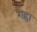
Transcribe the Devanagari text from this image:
गह्रा